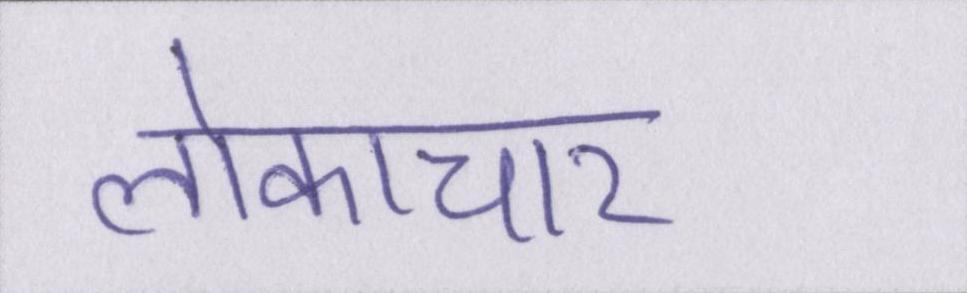
लोकाचार